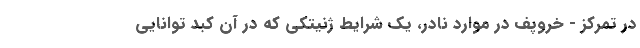
در تمرکز - خروپف در موارد نادر، یک شرایط ژنیتکی که در آن کبد توانایی